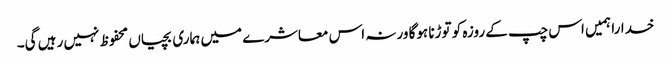
خدارا ہمیں اس چپ کے روزہ کو توڑنا ہوگا ورنہ اس معاشرے میں ہماری بچیاں محفوظ نہیں رہیں گی۔